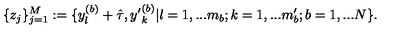
\{ z _ { j } \} _ { j = 1 } ^ { M } : = \{ y _ { l } ^ { ( b ) } + \hat { \tau } , { y ^ { \prime } } _ { k } ^ { ( b ) } | l = 1 , . . . m _ { b } ; k = 1 , . . . m _ { b } ^ { \prime } ; b = 1 , . . . N \} .